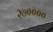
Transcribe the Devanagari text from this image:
२७००००